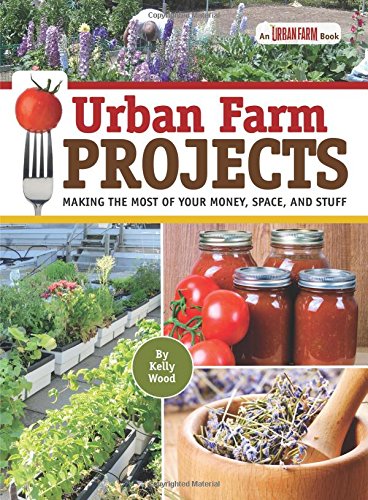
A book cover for Urban Farm Projects: Making the Most of Your Money, Space and Stuff; Kelly Wood; Crafts, Hobbies & Home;